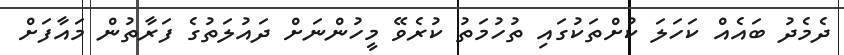
ދެމެދު ބައެއް ކަހަލަ ކުށްތަކުގައި ތުހުމަތު ކުރެވޭ މީހުންނަށް ދައުލަތުގެ ފަރާތުން މައާފަށް